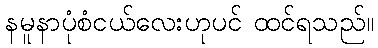
နမူနာပုံစံငယ်လေးဟုပင် ထင်ရသည်။